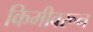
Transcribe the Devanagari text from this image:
किमीवरून